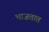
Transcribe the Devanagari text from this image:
भाजतात